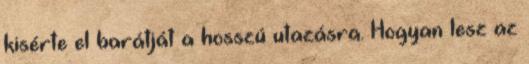
kisérte el barátját a hosszú utazásra. Hogyan lesz az